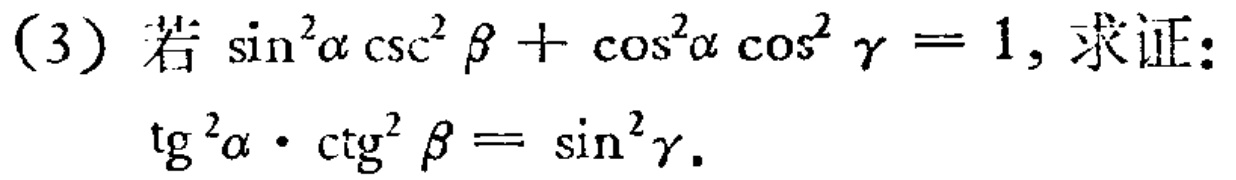
(3) 若\(\sin^{2}\alpha\csc^{2}\beta+\cos^{2}\alpha\cos^{2}\gamma = 1\)，求证：
\(\tg^{2}\alpha\cdot\ctg^{2}\beta=\sin^{2}\gamma\)